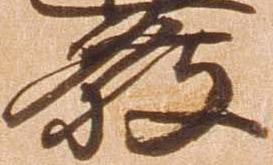
発